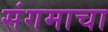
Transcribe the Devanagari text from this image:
संगमाचा